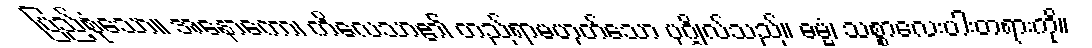
ပြည့်စုံသော။ အနောကော၊ ကိလေသာ၏ တည်ရာမဟုတ်သော ပုဂ္ဂိုလ်သည်။ ဓမ္မံ၊ သစ္စာလေးပါးတရားကို။